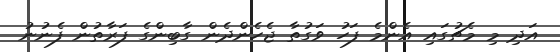
އަދި މި މެޗުގައި އެންމެ ފަހު ވަގުތާ ޖެހެންދެން ގާބިންގެ ފަރާތުން ފެނުނު